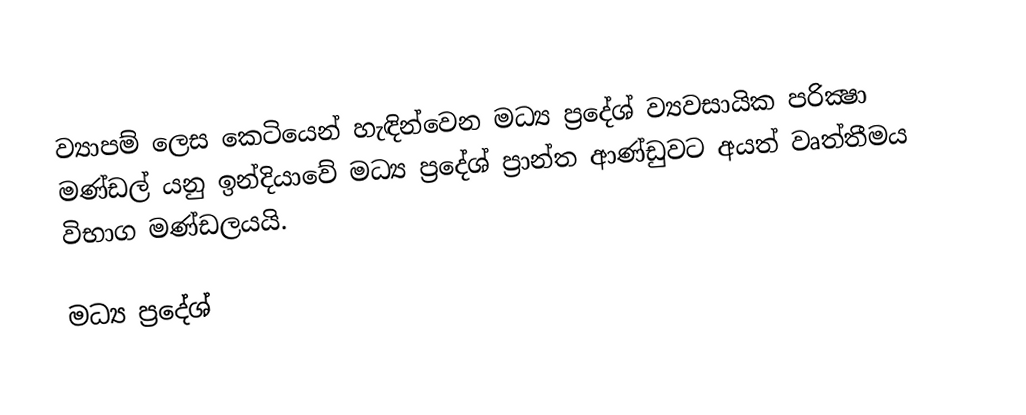
ව්‍යාපම් ලෙස කෙටියෙන් හැඳින්වෙන මධ්‍ය ප්‍රදේශ් ව්‍යවසායික පරික්‍ෂා මණ්ඩල් යනු ඉන්දියාවේ මධ්‍ය ප්‍රදේශ් ප්‍රාන්ත ආණ්ඩුවට අයත් වෘත්තීමය විභාග මණ්ඩලයයි.

මධ්‍ය ප්‍රදේශ්